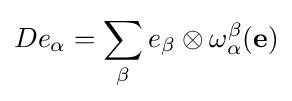
De_{\alpha }=\sum _{\beta }e_{\beta }\otimes \omega _{\alpha }^{\beta }(\mathbf {e} )